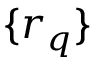
\{ r _ { q } \}